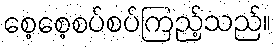
စေ့စေ့စပ်စပ်ကြည့်သည်။